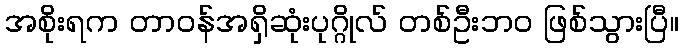
အစိုးရက တာဝန်အရှိဆုံးပုဂ္ဂိုလ် တစ်ဦးဘ၀ ဖြစ်သွားပြီ။